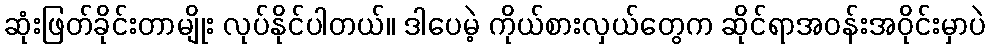
ဆုံးဖြတ်ခိုင်းတာမျိုး လုပ်နိုင်ပါတယ်။ ဒါပေမဲ့ ကိုယ်စားလှယ်တွေက ဆိုင်ရာအဝန်းအဝိုင်းမှာပဲ